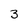
Character: 3